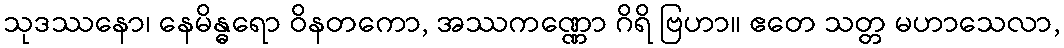
သုဒဿနော၊ နေမိန္ဓရော ဝိနတကော, အဿကဏ္ဏော ဂိရိ ဗြဟာ။ ဧတေ သတ္တ မဟာသေလာ,